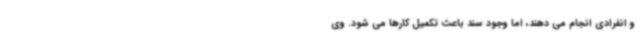
و انفرادی انجام می دهند، اما وجود سند باعث تکمیل کارها می شود. وی